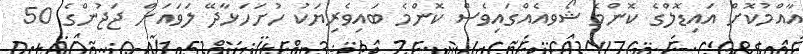
އާއްމުކޮށް އައިޑޮލްގެ ކޮންމެ ޝޯވއެއްގައިވެސް ކޮންމެ ބައިވެރިޔަކު ހުށަހަޅާދޭ ލަވައަށް ޖަޖުންގެ 50